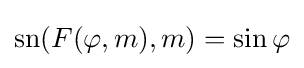
\operatorname {sn} (F(\varphi ,m),m)=\sin \varphi